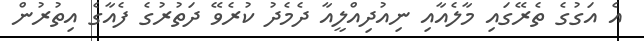
އެ އަގުގެ ތެރޭގައި މާލެއާއި ނިއުދިއްލީއާ ދެމެދު ކުރެވޭ ދަތުރުގެ ފެއާގެ އިތުރުން